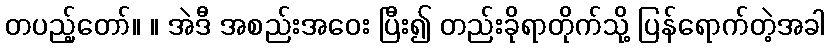
တပည့်တော်။ ။ အဲဒီ အစည်းအဝေး ပြီး၍ တည်းခိုရာတိုက်သို့ ပြန်ရောက်တဲ့အခါ